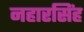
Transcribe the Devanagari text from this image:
नहारसिंह